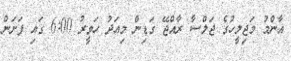
އާންމު މަޖިލީހުގެ ޖަލްސާ ރާއްޖޭ ގަޑިން މިއަދު ހަވީރު 6:00 ގައި ފަށަން